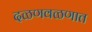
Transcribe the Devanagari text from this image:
दळणवळणात